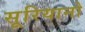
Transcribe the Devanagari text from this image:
सूरियानो